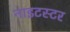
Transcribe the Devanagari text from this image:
नाइटस्टर